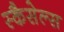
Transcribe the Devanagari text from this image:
स्कैसेल्स